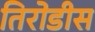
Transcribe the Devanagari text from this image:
तिरोडीस